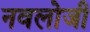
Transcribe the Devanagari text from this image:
नवलोजी